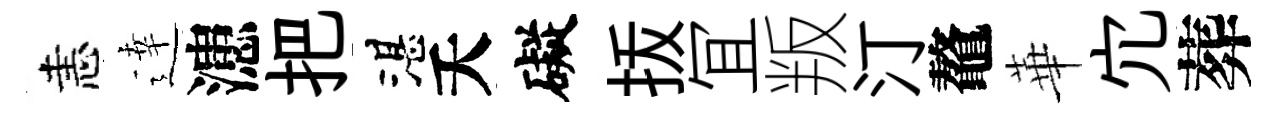
恚逹漶把湛夭礙㧞冝叛汀鼇華宂葬